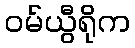
ဝမ်ယွီရိုက